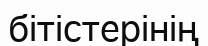
бітістерінің